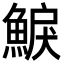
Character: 𩸭